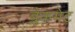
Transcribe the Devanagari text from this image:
ब्लैकगेट